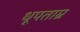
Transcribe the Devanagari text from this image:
धूपताम्र